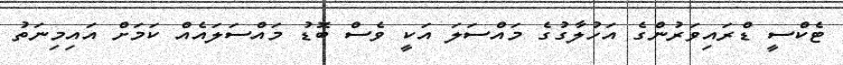
ޓެކްސީ ޑްރައިވަރުންގެ އަހުލާގުގެ މައްސަލަ އަކީ ވެސް ބޮޑު މައްސަލައެއް ކަމަށް އައިމިނަތު